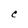
Character: C